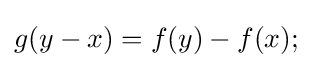
g(y-x)=f(y)-f(x);